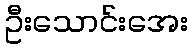
ဦးသောင်းအေး